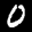
Label: 0